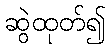
ဆွဲထုတ်၍